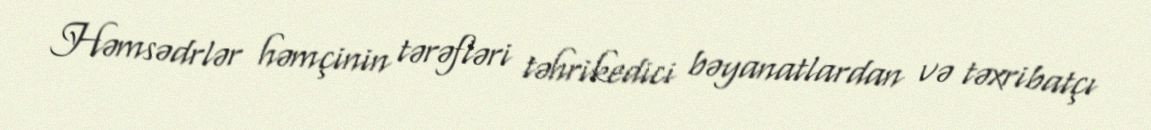
Həmsədrlər həmçinin tərəfləri təhrikedici bəyanatlardan və təxribatçı